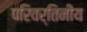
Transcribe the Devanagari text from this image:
परिवर्तिनीय